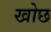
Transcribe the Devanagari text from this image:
खोछ